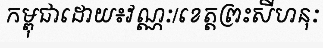
កម្ពុជាដោយ៖វណ្ណៈ/ខេត្តព្រះសីហនុៈ